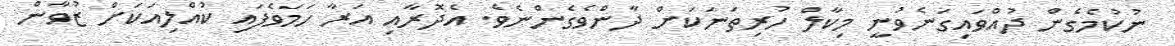
ނުކުމެގެން ދުއްވައިގަނެވުނީ މިކާލް ހުރިތަނަކަށް ދާންވެގެންނެވެ. އެދޮރާއި އަރާ ހަމަވެފައި ކުއްލިއަކަށް ޒުވާން